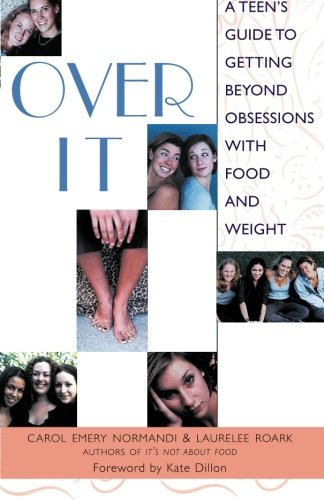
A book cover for Over It: A Teen's Guide to Getting Beyond Obsessions with Food and Weight; Carol Emery Normandi; Teen & Young Adult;